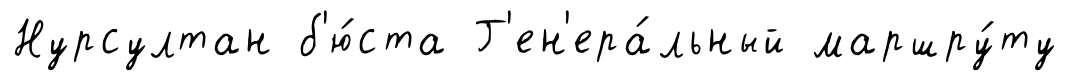
Нурсултан б'ю́ста Г'ен'ера́льный маршру́ту